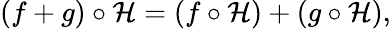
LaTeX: (f+g)\circ\mathcal{H}=(f\circ\mathcal{H})+(g\circ\mathcal{H}),